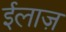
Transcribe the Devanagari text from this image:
ईलाज़